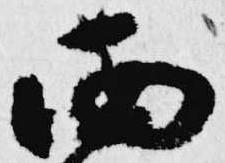
西